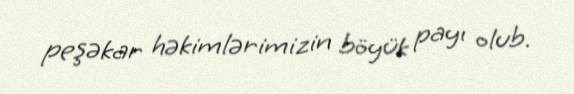
peşəkar həkimlərimizin böyük payı olub.